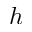
h